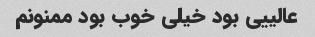
عالییی بود خیلی خوب بود ممنونم